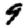
Digit: 9